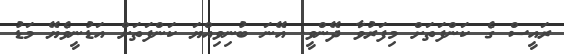
ރައީސް ގެ ކަންފަތަށް މިފަރުވާ ދޭންވީ. އޭނަ ބުނިވިއްޔަ ކަންފަތަށް އަޑުނީވެޔޭ މަޑު